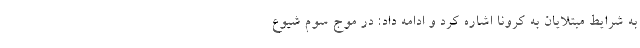
به شرایط مبتلایان به کرونا اشاره کرد و ادامه داد: در موج سوم شیوع